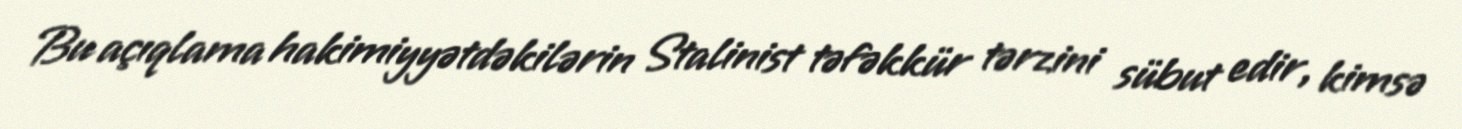
Bu açıqlama hakimiyyətdəkilərin Stalinist təfəkkür tərzini sübut edir, kimsə